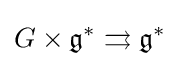
G\times {\mathfrak {g}}^{*}\rightrightarrows {\mathfrak {g}}^{*}